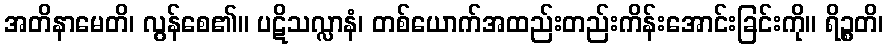
အတိနာမေတိ၊ လွန်စေ၏။ ပဋိသလ္လာနံ၊ တစ်ယောက်အထည်းတည်းကိန်းအောင်းခြင်းကို။ ရိဉ္စတိ၊